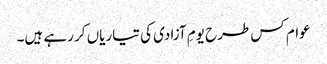
عوام کس طرح یومِ آزادی کی تیاریاں کر رہے ہیں۔